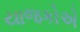
યાજકોએ